Document type: Sale
Year: 1451
Scribe: [Unknown]
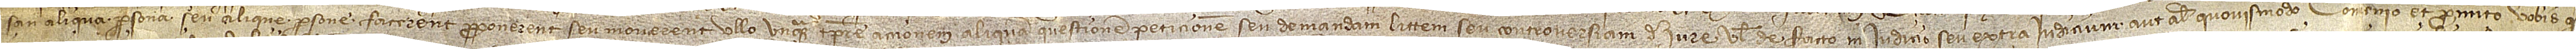
san aliqua persona seu alique persone facerent, proponerent seu moverent ullo unquam tempore accionem aliquam, questionem, peticionem seu demandam, littem seu controversiam, de iure vel de facto, in iudicio seu extra iudicium, aut aliter quovismodo, convenio et promitto vobis quod